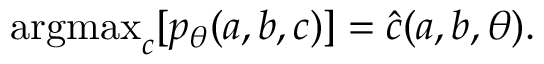
\begin{array} { r } { \mathrm { a r g m a x } _ { c } [ p _ { \theta } ( a , b , c ) ] = \hat { c } ( a , b , \theta ) . } \end{array}